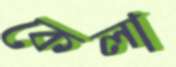
কেলা